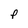
Character: f